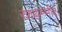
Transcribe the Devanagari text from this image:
रणथम्भीर